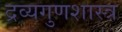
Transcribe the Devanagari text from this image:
द्रव्यगुणशास्त्र